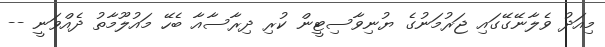
މިއަދު ވެލާނޭގޭގައި ޖަރުމަނުގެ ޔުނިވާސިޓީން ކުރި ދިރާސާއާ ބެހޭ މައުލޫމާތު ދެއްވަނީ --